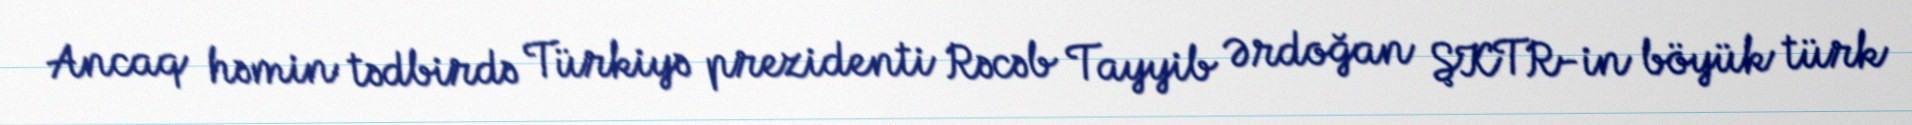
Ancaq həmin tədbirdə Türkiyə prezidenti Rəcəb Tayyib Ərdoğan ŞKTR-in böyük türk